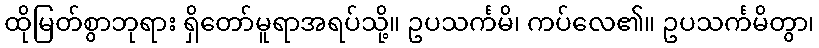
ထိုမြတ်စွာဘုရား ရှိတော်မူရာအရပ်သို့။ ဥပသင်္ကမိ၊ ကပ်လေ၏။ ဥပသင်္ကမိတွာ၊